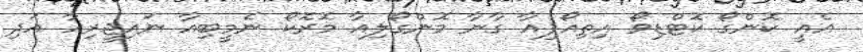
އެއީ ކޮންގޯ ކޮޓްޑިވޯ އިތިއޯޕިއާ ގާނާ މޮންގޯލިއާ މޮރޮކޯ ނެމީބިއާ ނައިޖީރިއާ އަދި